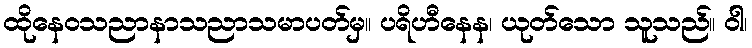
ထိုနေဝသညာနာသညာသမာပတ်မှ။ ပရိဟီနေန၊ ယုတ်သော သူသည်။ ဝါ၊